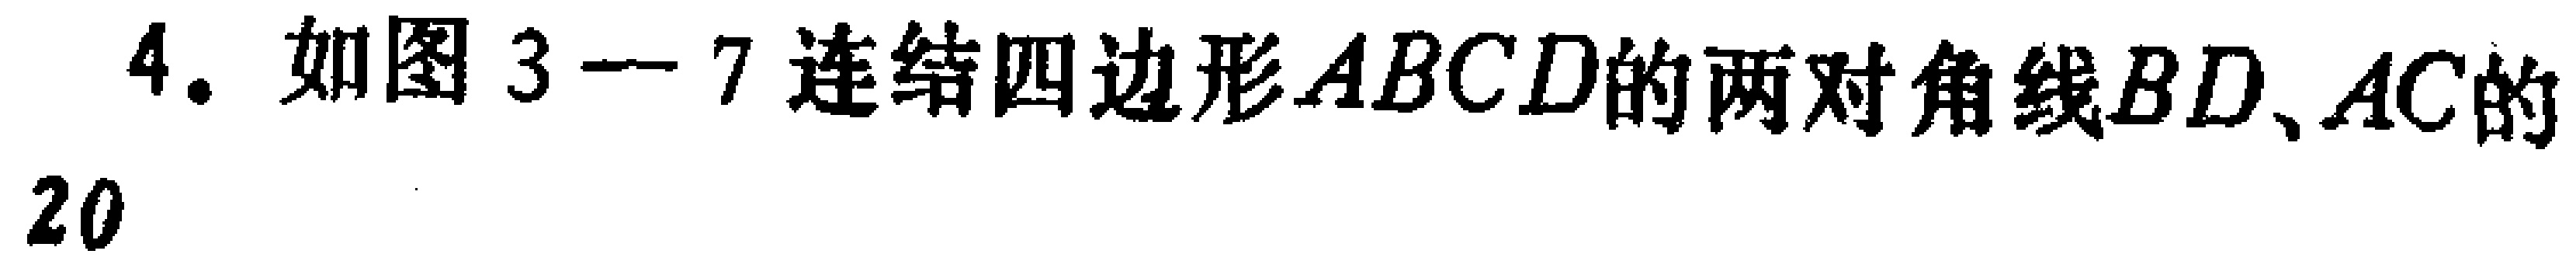
4. 如图3—7连结四边形\(ABCD\)的两对角线\(BD、AC\)的
20